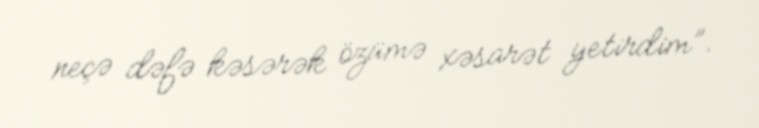
neçə dəfə kəsərək özümə xəsarət yetirdim”.